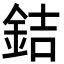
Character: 銡